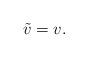
LaTeX: \begin{align*}\tilde{v}=v.\end{align*}